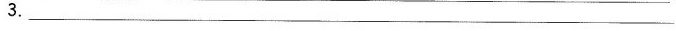
3.___